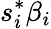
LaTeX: s_{i}^{*}\beta_{i}